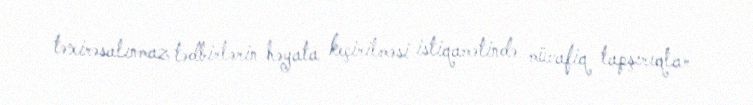
təxirəsalınmaz tədbirlərin həyata keçirilməsi istiqamətində müvafiq tapşırıqlar